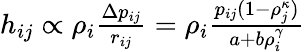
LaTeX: \begin{array}{r}{h_{ij}\propto\rho_{i}\frac{\Delta p_{ij}}{r_{ij}}=\rho_{i}\frac{p_{ij}(1-\rho_{j}^{\kappa})}{a+b\rho_{i}^{\gamma}}}\end{array}